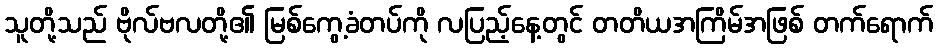
သူတို့သည် ဗိုလ်ဗလတို့၏ မြစ်ကွေ့ခံတပ်ကို လပြည့်နေ့တွင် တတိယအကြိမ်အဖြစ် တက်ရောက်